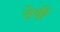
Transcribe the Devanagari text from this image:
ठेवीं